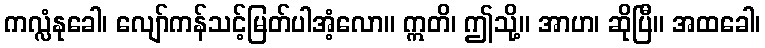
ကလ္လံနုခေါ၊ လျော်ကန်သင့်မြတ်ပါအံ့လော။ ဣတိ၊ ဤသို့။ အာဟ၊ ဆိုပြီ။ အထခေါ၊